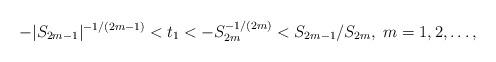
LaTeX: \begin{align*} -|S_{2m-1}|^{-1/(2m-1)} < t_1 < -S_{2m}^{-1/(2m)} < S_{2m-1}/S_{2m}, \;m=1,2,\dots, \end{align*}